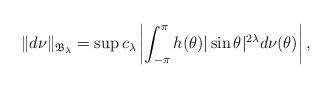
LaTeX: \begin{align*}\|d\nu\|_{{\frak B_{\lambda}}}=\sup c_{\lambda}\left|\int_{-\pi}^{\pi}h(\theta)|\sin\theta|^{2\lambda}d\nu(\theta)\right|,\end{align*}